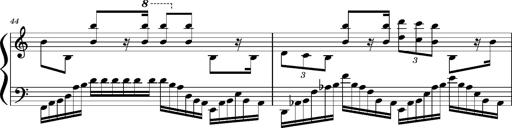
Title: Concerto sans orchestre, S.524a
Composer: Franz Liszt
Key: A major